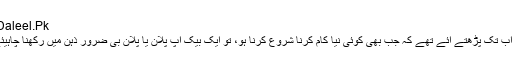
- Daleel.Pk
ہم اب تک پڑھتے آئے تھے کہ جب بھی کوئی نیا کام کرنا شروع کرنا ہو، تو ایک بیک اپ پلان یا پلان بی ضرور ذہن میں رکھنا چاہیئے۔